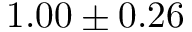
1 . 0 0 \pm 0 . 2 6